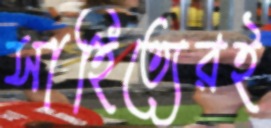
সাহিত্যেরই